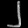
Digit: ၂